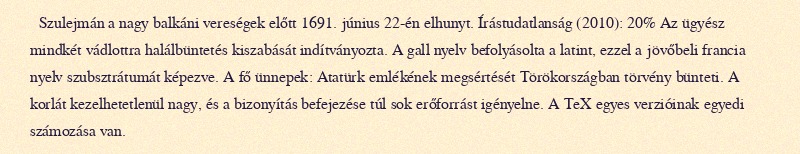
Szulejmán a nagy balkáni vereségek előtt 1691. június 22-én elhunyt. Írástudatlanság (2010): 20% Az ügyész mindkét vádlottra halálbüntetés kiszabását indítványozta. A gall nyelv befolyásolta a latint, ezzel a jövőbeli francia nyelv szubsztrátumát képezve. A fő ünnepek: Atatürk emlékének megsértését Törökországban törvény bünteti. A korlát kezelhetetlenül nagy, és a bizonyítás befejezése túl sok erőforrást igényelne. A TeX egyes verzióinak egyedi számozása van.